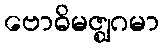
ဗောဓိမဇ္ဈဂမာ